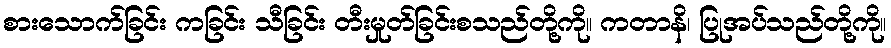
စားသောက်ခြင်း ကခြင်း သီခြင်း တီးမှုတ်ခြင်းစသည်တို့ကို။ ကတာနိ၊ ပြုအပ်သည်တို့ကို။